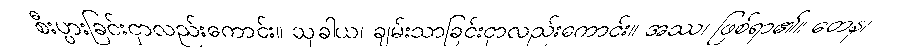
စီးပွားခြင်းငှာလည်းကောင်း။ သုခါယ၊ ချမ်းသာခြင်းငှာလည်းကောင်း။ အဿ၊ ဖြစ်ရာ၏။ တေန၊